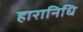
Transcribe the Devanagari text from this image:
हारानिधि